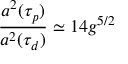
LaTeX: \frac { a ^ { 2 } ( \tau _ { p } ) } { a ^ { 2 } ( \tau _ { d } ) } \simeq 1 4 g ^ { 5 / 2 }